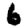
Digit: 6